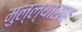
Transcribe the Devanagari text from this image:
मुल्ल्यासह